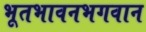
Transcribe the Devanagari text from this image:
भूतभावनभगवान